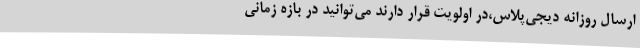
ارسال روزانه دیجی‌پلاس،در اولویت قرار دارند می‌توانید در بازه زمانی